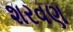
શરવણ